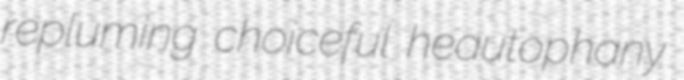
repluming choiceful heautophany